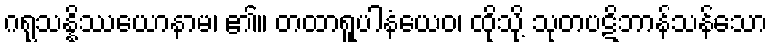
ဂရုသန္နိဿယောနာမ၊ ၏။ တထာရူပါနံယေဝ၊ ထိုသို့ သုတပဋိဘာန်သန်သော